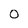
Character: 0